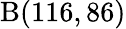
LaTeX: \mathrm{B}(116,86)